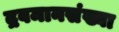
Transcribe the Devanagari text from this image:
द्रवमानसंख्या